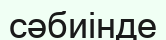
сәбиінде